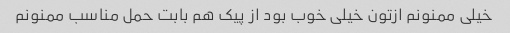
خیلی ممنونم ازتون خیلی خوب بود از پیک هم بابت حمل مناسب ممنونم